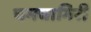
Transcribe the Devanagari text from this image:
चमचागिरी